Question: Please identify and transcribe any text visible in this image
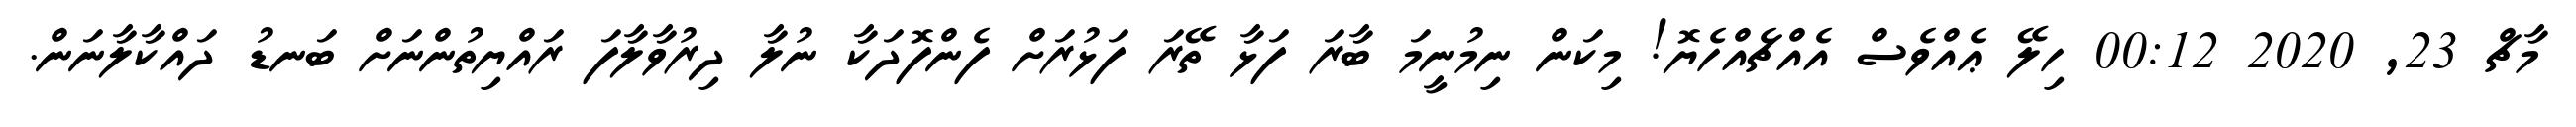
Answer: މާޗް 23, 2020 00:12 ހިލޭ ޢެއްވެސް އެއްޗެއްހެޔޮ! މިކަން ނިމުނީމަ ބާރަ ފަޅާ ތޭރަ ފަޅުރަށް ފެންފޮދަކާ ނުލާ ދިރުވާލާފަ ރައްޔިތުންނަށް ބަނޑު ދައްކާލާނަން.